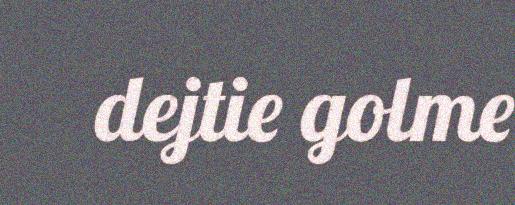
dejtie golme